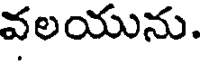
వలయును.